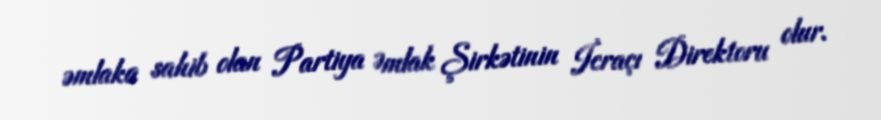
əmlaka sahib olan Partiya Əmlak Şirkətinin İcraçı Direktoru olur.